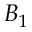
B _ { 1 }